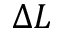
\Delta L